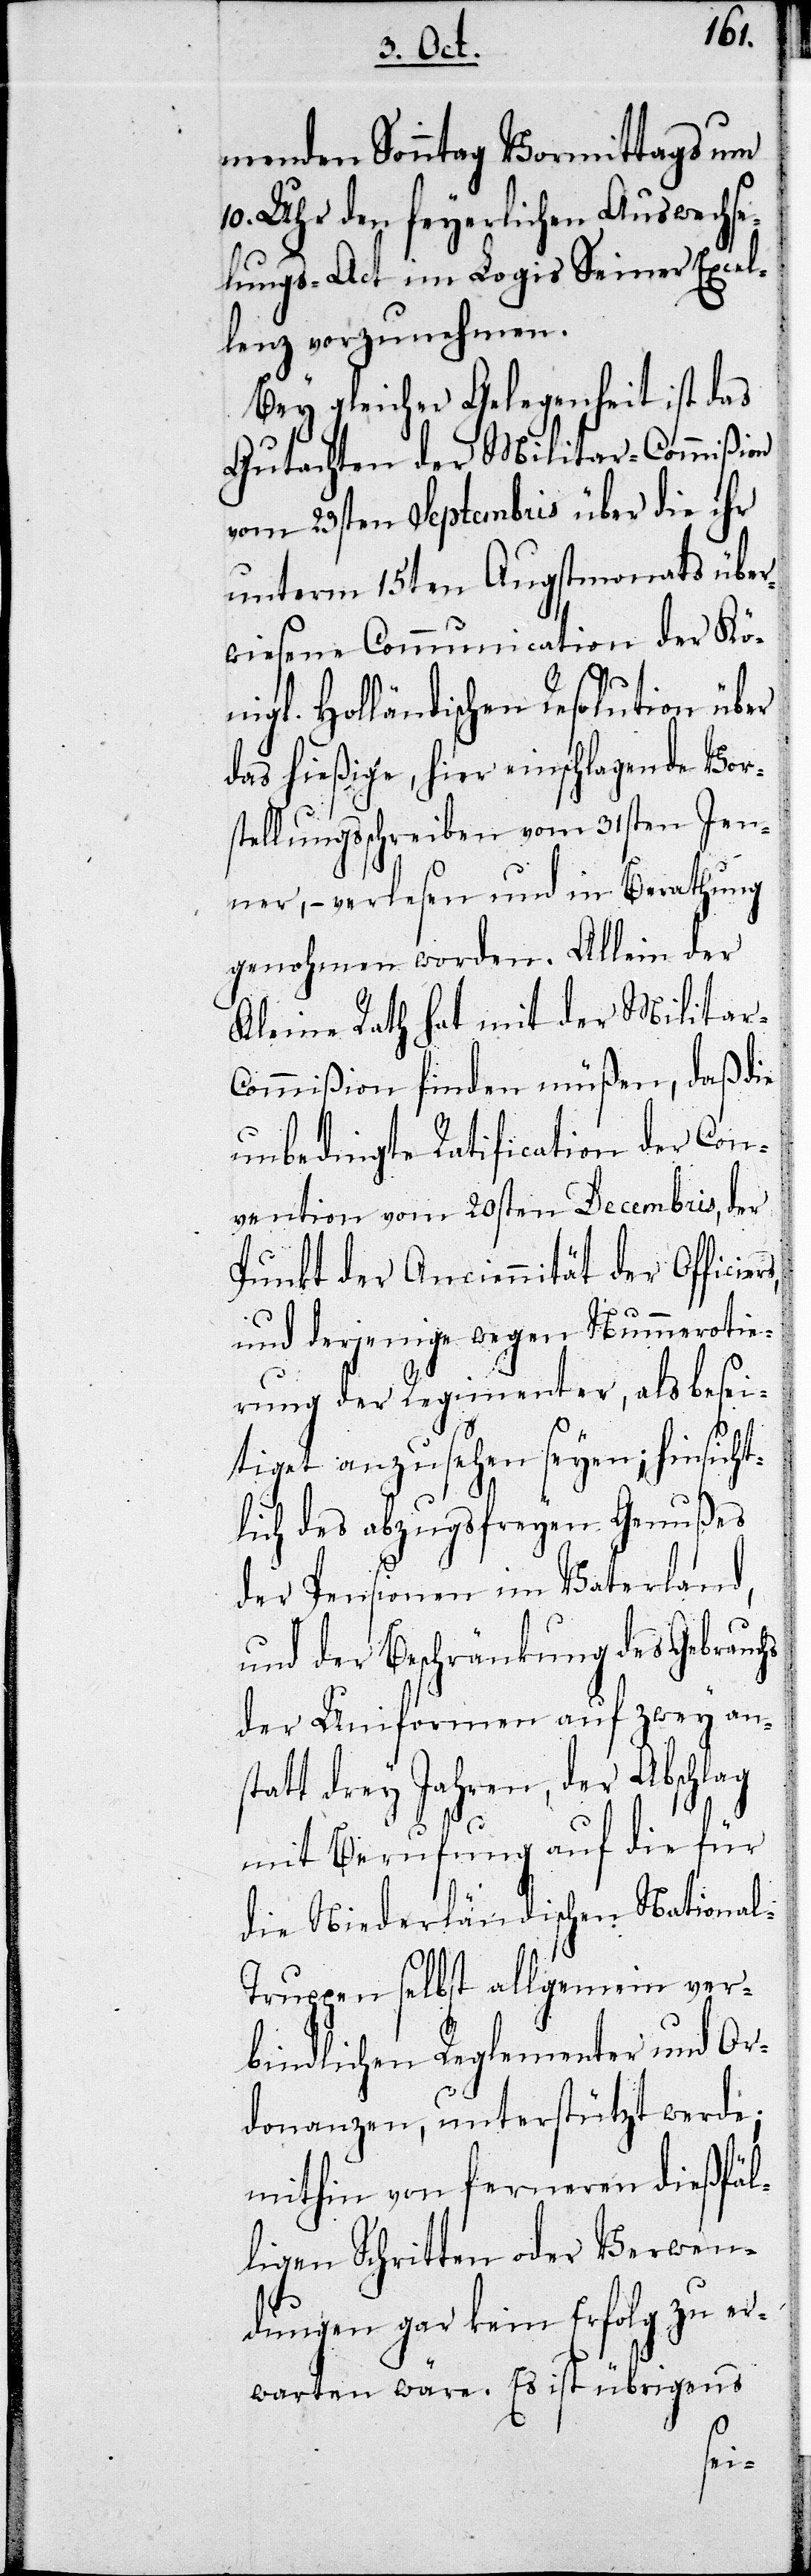
menden Sonntag Vormittag um
10. Uhr den feyerlichen Auswechse¬
lungs-Act im Logis Seiner Excel¬
lenz vorzunehmen.
Bey gleicher Gelegenheit ist das
Gutachten der Militar-Commißion
vom 23sten Septembris über die ihr
unterm 15ten Augustmonats über¬
wiesene Communication der Kö¬
nigl. Holländischen Resolution über
das hießige, hier einschlagende Vor¬
stellungsschreiben vom 31sten Jen¬
ner, – verlesen und in Berahtung
genohmen worden. Allein der
Kleine Rath hat mit der Militar-C¬
ommißion finden müßen, daß die
unbedingte Ratification der Con¬
vention vom 20sten Decembris, der
Punkt der Anciennität der Officie¬
und derjenige wegen Nummerotie¬
rung der Regimenter, als besei¬
tiget anzusehen seyen; hinsicht¬
lich des anzugsfreyen Genußes
der Pensionen im Vaterland,
und der Beschränkung des Gebrauchs
der Uniformen auf zewy an¬
statt drey Jahren, der Abschlag
mit Berufung auf die für
die Niederländischen National-T¬
ruppen selbst allgemein ver¬
bindlichen Reglementer und Or¬
donanzen, unterstützt werde;
mithin von fernern dießfäl¬
ligen Schritten oder Verwen¬
dungen gar kein Erfolg zu er¬
warten wäre. Es ist übrigens
rs,